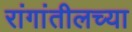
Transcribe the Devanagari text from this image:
रांगांतीलच्या